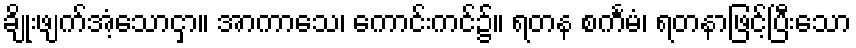
ချိုးဖျက်အံ့သောငှာ။ အာကာသေ၊ ကောင်းကင်၌။ ရတန စင်္ကမံ၊ ရတနာဖြင့်ပြီးသော